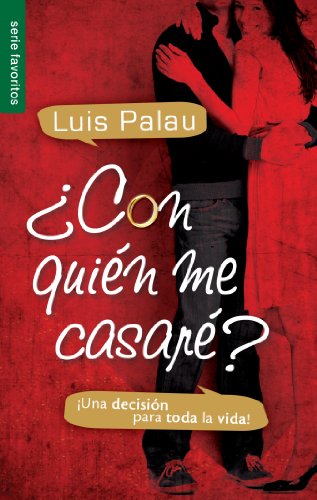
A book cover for Con quien me casare? / Whom Shall I Marry? (Spanish Edition); Luis Palau; Teen & Young Adult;